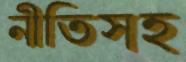
নীতিসহ